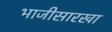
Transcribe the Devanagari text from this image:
भाजीसारखा